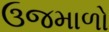
ઉજમાળો